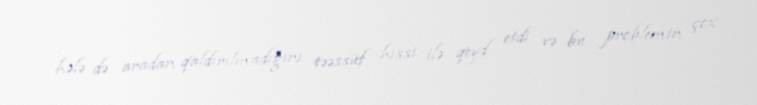
hələ də aradan qaldırılmadığını təəssüf hissi ilə qeyd etdi və bu problemin çox